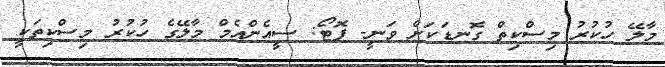
މާލޭ ހުކުރު މިސްކިތް ގޮނޑަކަށް ވަނީ- ފޮޓޯ: ސީއެންއެމް މާލޭގެ ހުކުރު މިސްކިތަކީ